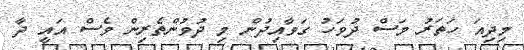
މިދިއަ ހަތަރު މަސް ދުވަހު ގަވާއިދުން މި ދުވުންތެރިން ވެސް އައީ ދާ